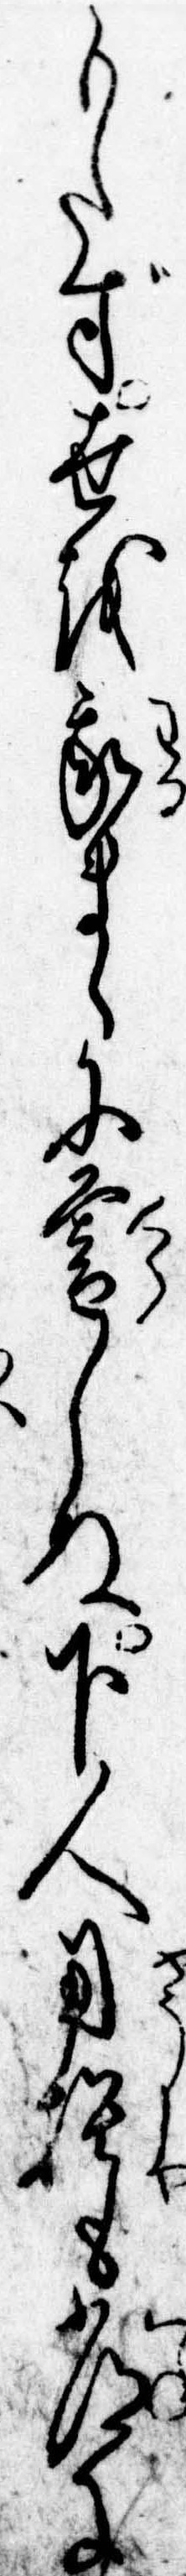
もたず世を我まゝに暮しぬ下人用捨も常に